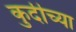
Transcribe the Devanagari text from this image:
कुर्दीच्या